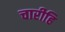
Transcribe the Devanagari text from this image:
चारीहि